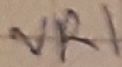
Text: VR1